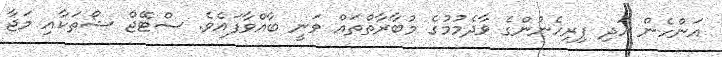
އަންހެން އަދި ފިރިހެނުންގެ ވާދެމުމުގެ މުބާރާތްތައް ވަނީ ބާއްވާފައެވެ. ސްޓޭޖް ޝޯތަކާއި މަޖާ